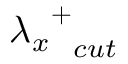
{ { \lambda _ { x } } ^ { + } } _ { c u t }